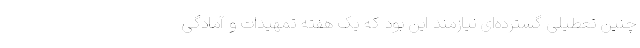
چنین تعطیلی گسترده‌ای نیازمند این بود که یک هفته تمهیدات و آمادگی